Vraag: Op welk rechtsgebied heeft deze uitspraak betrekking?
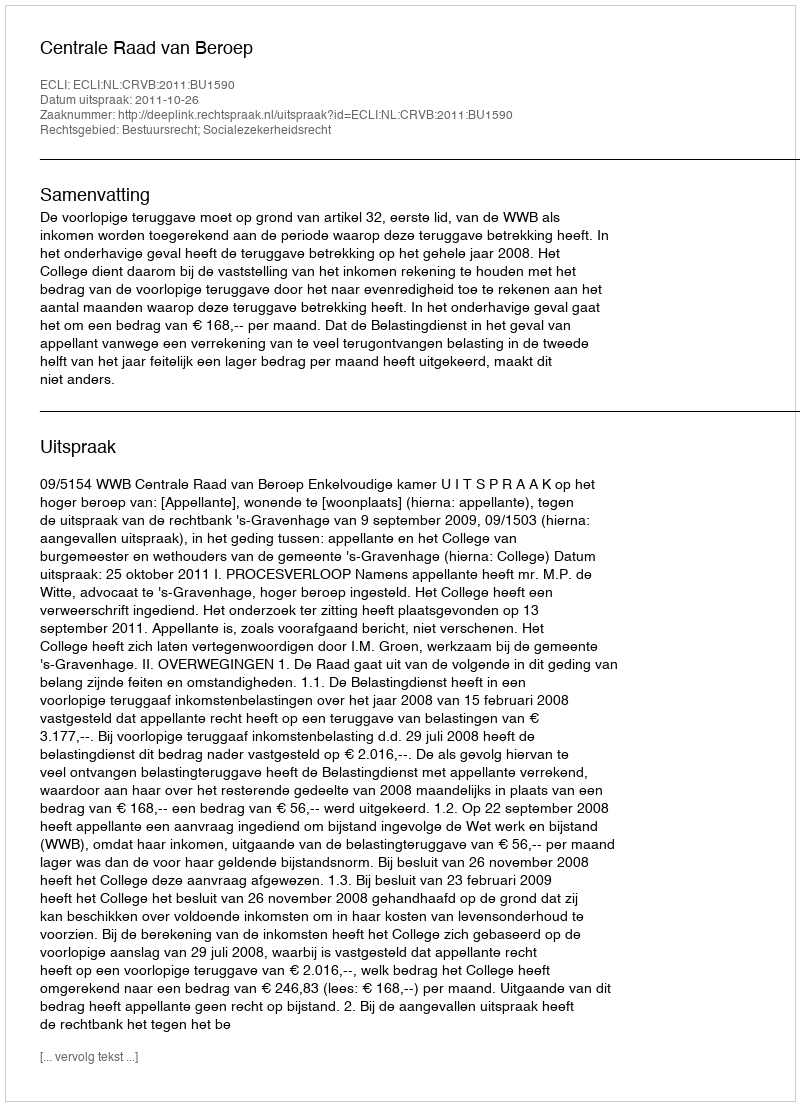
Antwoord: Bestuursrecht; Socialezekerheidsrecht